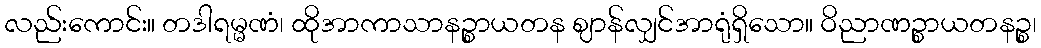
လည်းကောင်း။ တဒါရမ္မဏံ၊ ထိုအာကာသာနဉ္စာယတန ဈာန်လျှင်အာရုံရှိသော။ ဝိညာဏဉ္စာယတနဉ္စ၊